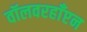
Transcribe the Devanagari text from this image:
वॉलवरहाँप्टन